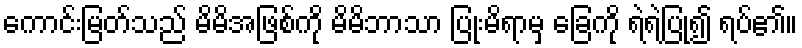
ကောင်းမြတ်သည် မိမိအဖြစ်ကို မိမိဘာသာ ပြုံးမိရာမှ ခြေကို ရဲရဲပြု၍ ရပ်၏။